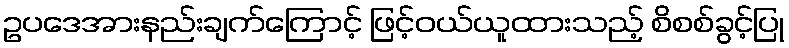
ဥပဒေအားနည်းချက်ကြောင့် ဖြင့်ဝယ်ယူထားသည့် စိစစ်ခွင့်ပြု